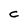
Character: c